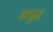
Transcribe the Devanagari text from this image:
सम्बुद्ध